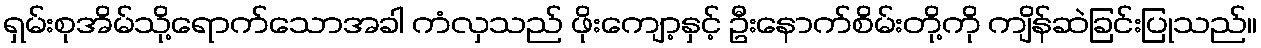
ရှမ်းစုအိမ်သို့ရောက်သောအခါ ကံလှသည် ဖိုးကျော့နှင့် ဦးနောက်စိမ်းတို့ကို ကျိန်ဆဲခြင်းပြုသည်။